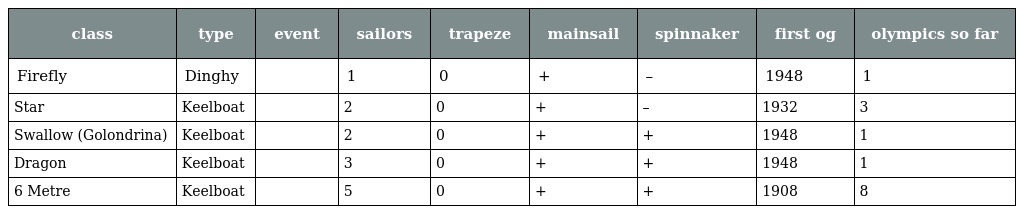
| class | type | event | sailors | trapeze | mainsail | spinnaker | first og | olympics so far |
 | --- | --- | --- | --- | --- | --- | --- | --- | --- |
 | Firefly | Dinghy |  | 1 | 0 | + | – | 1948 | 1 |
 | Star | Keelboat |  | 2 | 0 | + | – | 1932 | 3 |
 | Swallow (Golondrina) | Keelboat |  | 2 | 0 | + | + | 1948 | 1 |
 | Dragon | Keelboat |  | 3 | 0 | + | + | 1948 | 1 |
 | 6 Metre | Keelboat |  | 5 | 0 | + | + | 1908 | 8 |